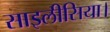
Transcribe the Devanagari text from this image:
साइलीसिया।